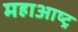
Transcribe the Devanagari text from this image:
महाआष्ट्र